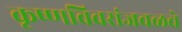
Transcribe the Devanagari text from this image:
कृष्णविवरांजवळचे